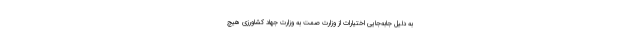
به دلیل جابه‌جایی اختیارات از وزارت صمت به وزارت جهاد کشاورزی هیچ